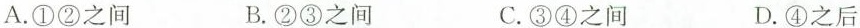
A.①②之间 B.②③之间 C.③④之间 D.④之后